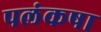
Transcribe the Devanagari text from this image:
पलंकषा